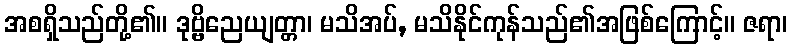
အစရှိသည်တို့၏။ ဒုဗ္ဗိညေယျတ္တာ၊ မသိအပ်, မသိနိုင်ကုန်သည်၏အဖြစ်ကြောင့်။ ဇရာ၊